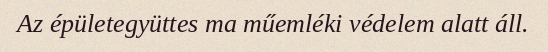
Az épületegyüttes ma műemléki védelem alatt áll.